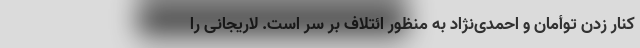
کنار زدن توأمان و احمدی‌نژاد به منظور ائتلاف بر سر است. لاریجانی را